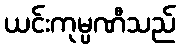
ယင်းကုမ္ပဏီသည်